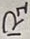
Text: R1